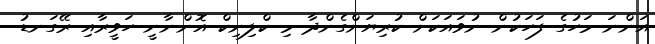
އަންނަ މަހުގެ ފަހަކުން ނުވައަކަށް ކުރިޔަށްގެންދާ މި ކްލިނިކް އޮންނާނީ ހަވީރާއި ރޭގަނޑު